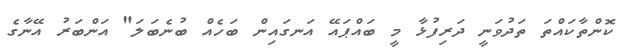
ކޮންތާކައްތަ ތަދުވަނީ ދަރިފުޅާ މީ ބައްޕައޭ އަނގައިން ބަހެއް ބުނެބަލަ" އަންބަރު އޭނާގެ